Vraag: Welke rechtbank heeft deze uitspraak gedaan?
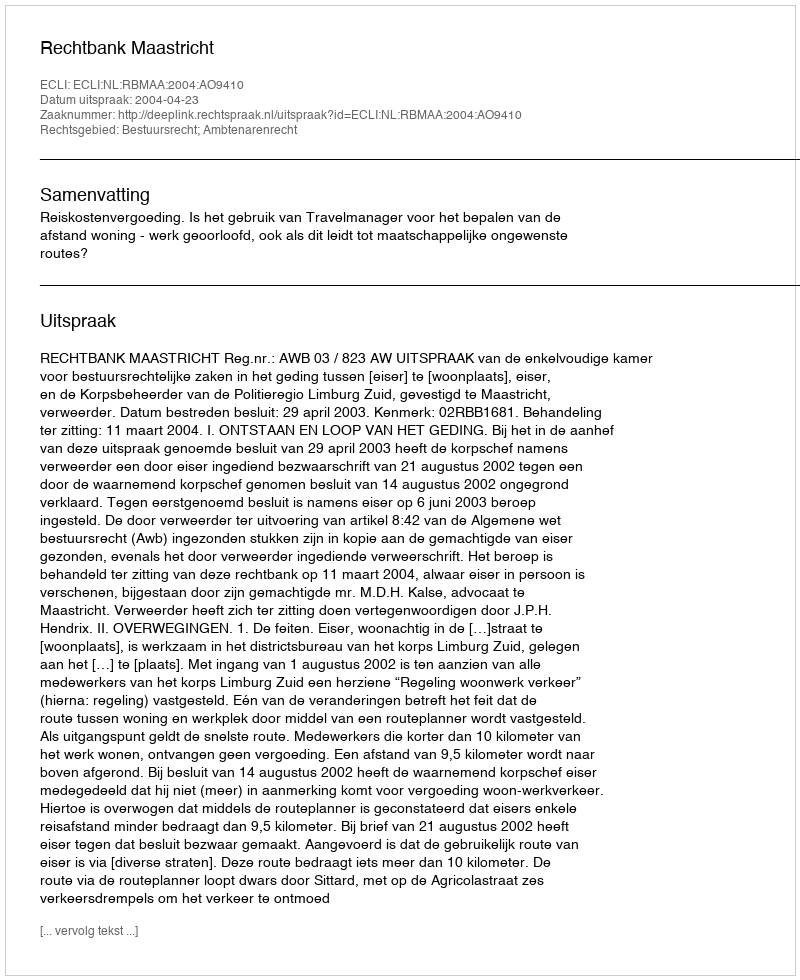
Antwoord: Rechtbank Maastricht